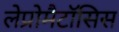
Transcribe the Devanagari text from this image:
लेप्रोमैटॉसिस